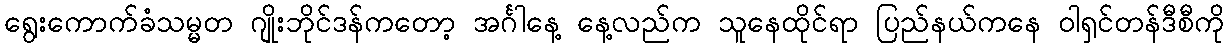
ရွေးကောက်ခံသမ္မတ ဂျိုးဘိုင်ဒန်ကတော့ အင်္ဂါနေ့ နေ့လည်က သူနေထိုင်ရာ ပြည်နယ်ကနေ ဝါရှင်တန်ဒီစီကို